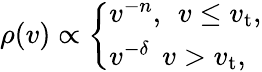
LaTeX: \rho(v)\propto\left\{ \begin{array}{ll}{v^{-n},\: \: v\leq v_{\mathrm{t}},}\\ {v^{-\delta}\: \: v>v_{\mathrm{t}},}\end{array}\right.